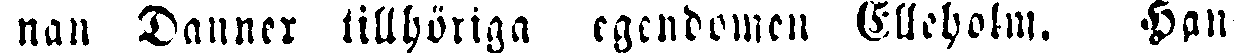
nan Danner tillhöriga egendomen Elleholm. Han